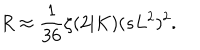
LaTeX: R \approx \frac { 1 } { 3 6 } \zeta ( 2 | K ) ( s L ^ { 2 } ) ^ { 2 } .